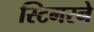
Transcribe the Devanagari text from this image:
स्टिमरने